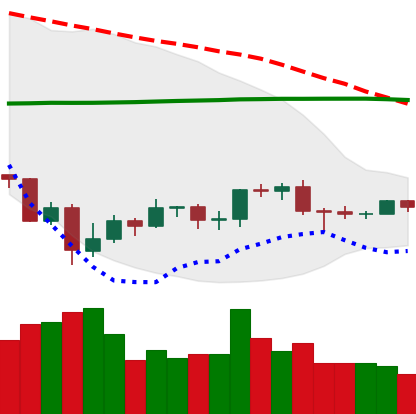
Ticker: EOS-USD
Chart end date: 2019-08-01
Forward return: -3.167%
Label: down_3_5